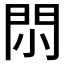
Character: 𨳒